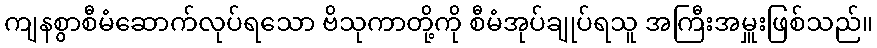
ကျနစွာစီမံဆောက်လုပ်ရသော ဗိသုကာတို့ကို စီမံအုပ်ချုပ်ရသူ အကြီးအမှူးဖြစ်သည်။